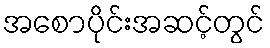
အစောပိုင်းအဆင့်တွင်